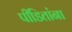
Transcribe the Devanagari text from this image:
पीडितांना